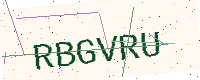
Text: RBGVRU